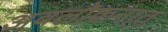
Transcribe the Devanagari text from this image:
अवलोकनात